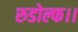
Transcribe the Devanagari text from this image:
रुडोल्फ।।